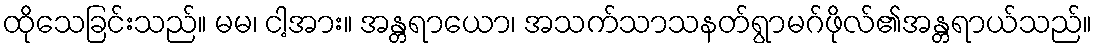
ထိုသေခြင်းသည်။ မမ၊ ငါ့အား။ အန္တရာယော၊ အသက်သာသနတ်ရွာမဂ်ဖိုလ်၏အန္တရာယ်သည်။